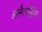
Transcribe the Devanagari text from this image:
अलैक्जैंड्रीय